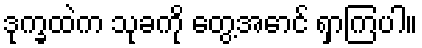
ဒုက္ခထဲက သုခကို တွေ့အောင် ရှာကြပါ။